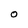
Character: O